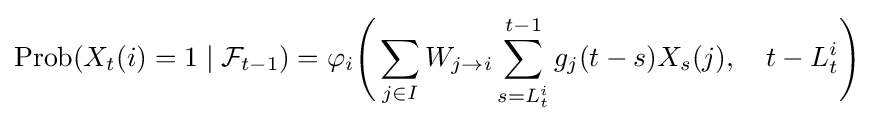
\mathop {\mathrm {Prob} } (X_{t}(i)=1\mid {\mathcal {F}}_{t-1})=\varphi _{i}{\Biggl (}\sum _{j\in I}W_{j\rightarrow i}\sum _{s=L_{t}^{i}}^{t-1}g_{j}(t-s)X_{s}(j),~~~t-L_{t}^{i}{\Biggl )}